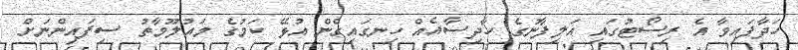
ހަދާފައިވާ އެ ރިސޯޓުގައި އަލިފާނުގެ ހާދިސާއެއް ހިނގައިގެން އުޅޭ ކަމުގެ މައުލޫމާތު ސިފައިންނަށް